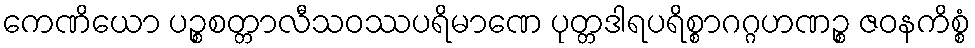
ကေဏိယော ပဉ္စစတ္တာလီသဝဿပရိမာဏေ ပုတ္တဒါရပရိစ္စာဂဂ္ဂဟဏဉ္စ ဇဝနကိစ္စံ